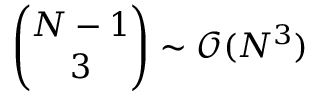
\binom { N - 1 } { 3 } \sim \mathcal { O } ( N ^ { 3 } )